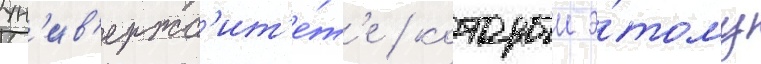
ун'ив'ерс'ит'е́т'е / которыи э́тому